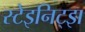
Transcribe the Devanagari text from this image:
स्टेइनिट्झ